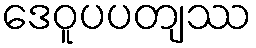
ဒေဝူပပတျဿ